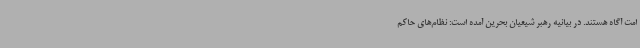
امت آگاه هستند. در بیانیه رهبر شیعیان بحرین آمده است: نظام‌های حاکم